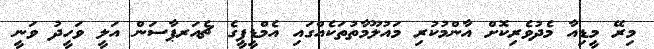
މިރޭ މީޑިއާ މެދުވެރިކޮށް އާންމުކުރި މައުލޫމާތުތަކެއްގައި އެމްޑީޕީގެ ޗެއަރޕާސަން އަލީ ވަހީދު ވަނީ